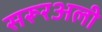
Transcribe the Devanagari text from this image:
सरूरअली